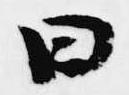
曰